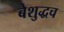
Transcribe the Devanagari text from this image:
बेशुद्धच